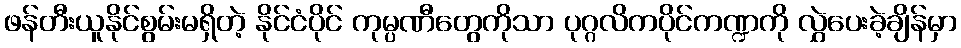
ဖန်တီးယူနိုင်စွမ်းမရှိတဲ့ နိုင်ငံပိုင် ကုမ္ပဏီတွေကိုသာ ပုဂ္ဂလိကပိုင်ကဏ္ဍကို လွှဲပေးခဲ့ချိန်မှာ